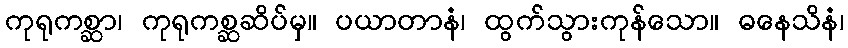
ကုရုကစ္ဆာ၊ ကုရုကစ္ဆဆိပ်မှ။ ပယာတာနံ၊ ထွက်သွားကုန်သော။ ဓနေသိနံ၊